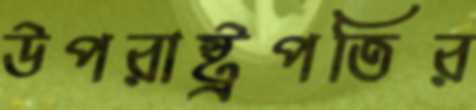
উপরাষ্ট্রপতির